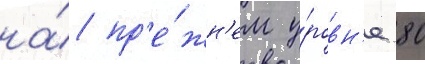
на́ пр'е́жн'ем у́ровн'е 80